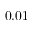
0 . 0 1